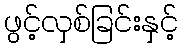
ဖွင့်လှစ်ခြင်းနှင့်